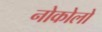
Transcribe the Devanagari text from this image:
नोकोलो